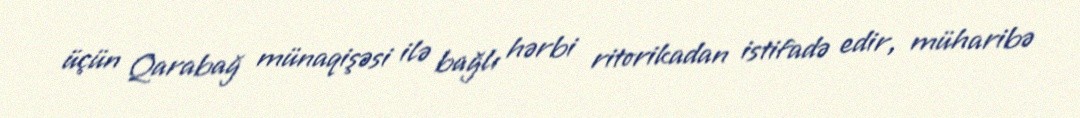
üçün Qarabağ münaqişəsi ilə bağlı hərbi ritorikadan istifadə edir, müharibə